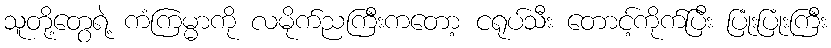
သူတို့တွေရဲ့ ကံကြမ္မာကို လမိုက်ညကြီးကတော့ ငရုပ်သီး တောင့်ကိုက်ပြီး ပြုံးပြုံးကြီး